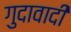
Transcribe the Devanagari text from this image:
गुदावादी